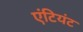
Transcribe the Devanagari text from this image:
एंटियंट